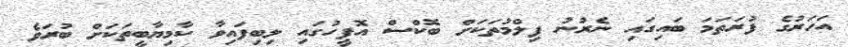
އަހަރުގެ ފުރަތަމަ ބައިގައި ނެރުނު ފިލްމުތަކަށް ބޮކްސް އޮފީހުގައި ލިބިފައިވާ ކާމިޔާބީތަކަށް ބުރަވެ